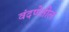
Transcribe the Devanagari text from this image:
वंदणेतील